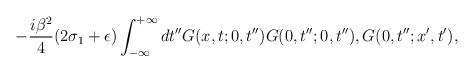
LaTeX: \begin{align*}-\frac{i\beta^{2}}{4}(2\sigma_{1}+\epsilon)\int_{-\infty}^{+\infty}dt''G(x,t;0,t'')G(0,t'';0,t''),G(0,t'';x',t'),\end{align*}